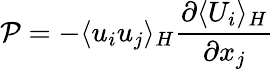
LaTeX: \mathcal{P}=-\langle u_{i}u_{j}\rangle_{H}\frac{\partial\langle U_{i}\rangle_{H}}{\partial x_{j}}